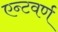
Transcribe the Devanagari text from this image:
एन्टवर्ण